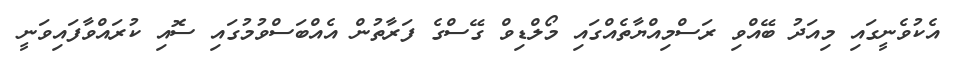
އެކުވެނީގައި މިއަދު ބޭއްވި ރަސްމިއްޔާތެއްގައި މޯލްޑިވް ގޭސްގެ ފަރާތުން އެއްބަސްވުމުގައި ސޮއި ކުރައްވާފައިވަނީ